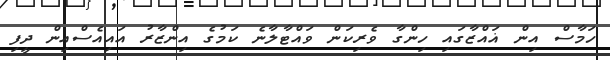
ހަމާސް އިން ޣައްޒާގައި ހިންގާ ވެރިކަން ވައްޓާލާނެ ކަމުގެ އިންޒާރު އައިއެސްއިން ދީފި